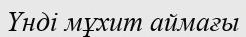
Үнді мұхит аймағы